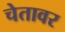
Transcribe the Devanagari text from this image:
चेतावर